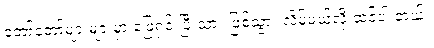
တော်တော်များများမှာ ဖြေရှင်းပြီးသား ဖြစ်သွား လိမ့်မယ်လို့ ထင်ပါ တယ်။